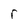
Character: r